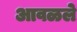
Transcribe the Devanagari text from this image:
आवळले